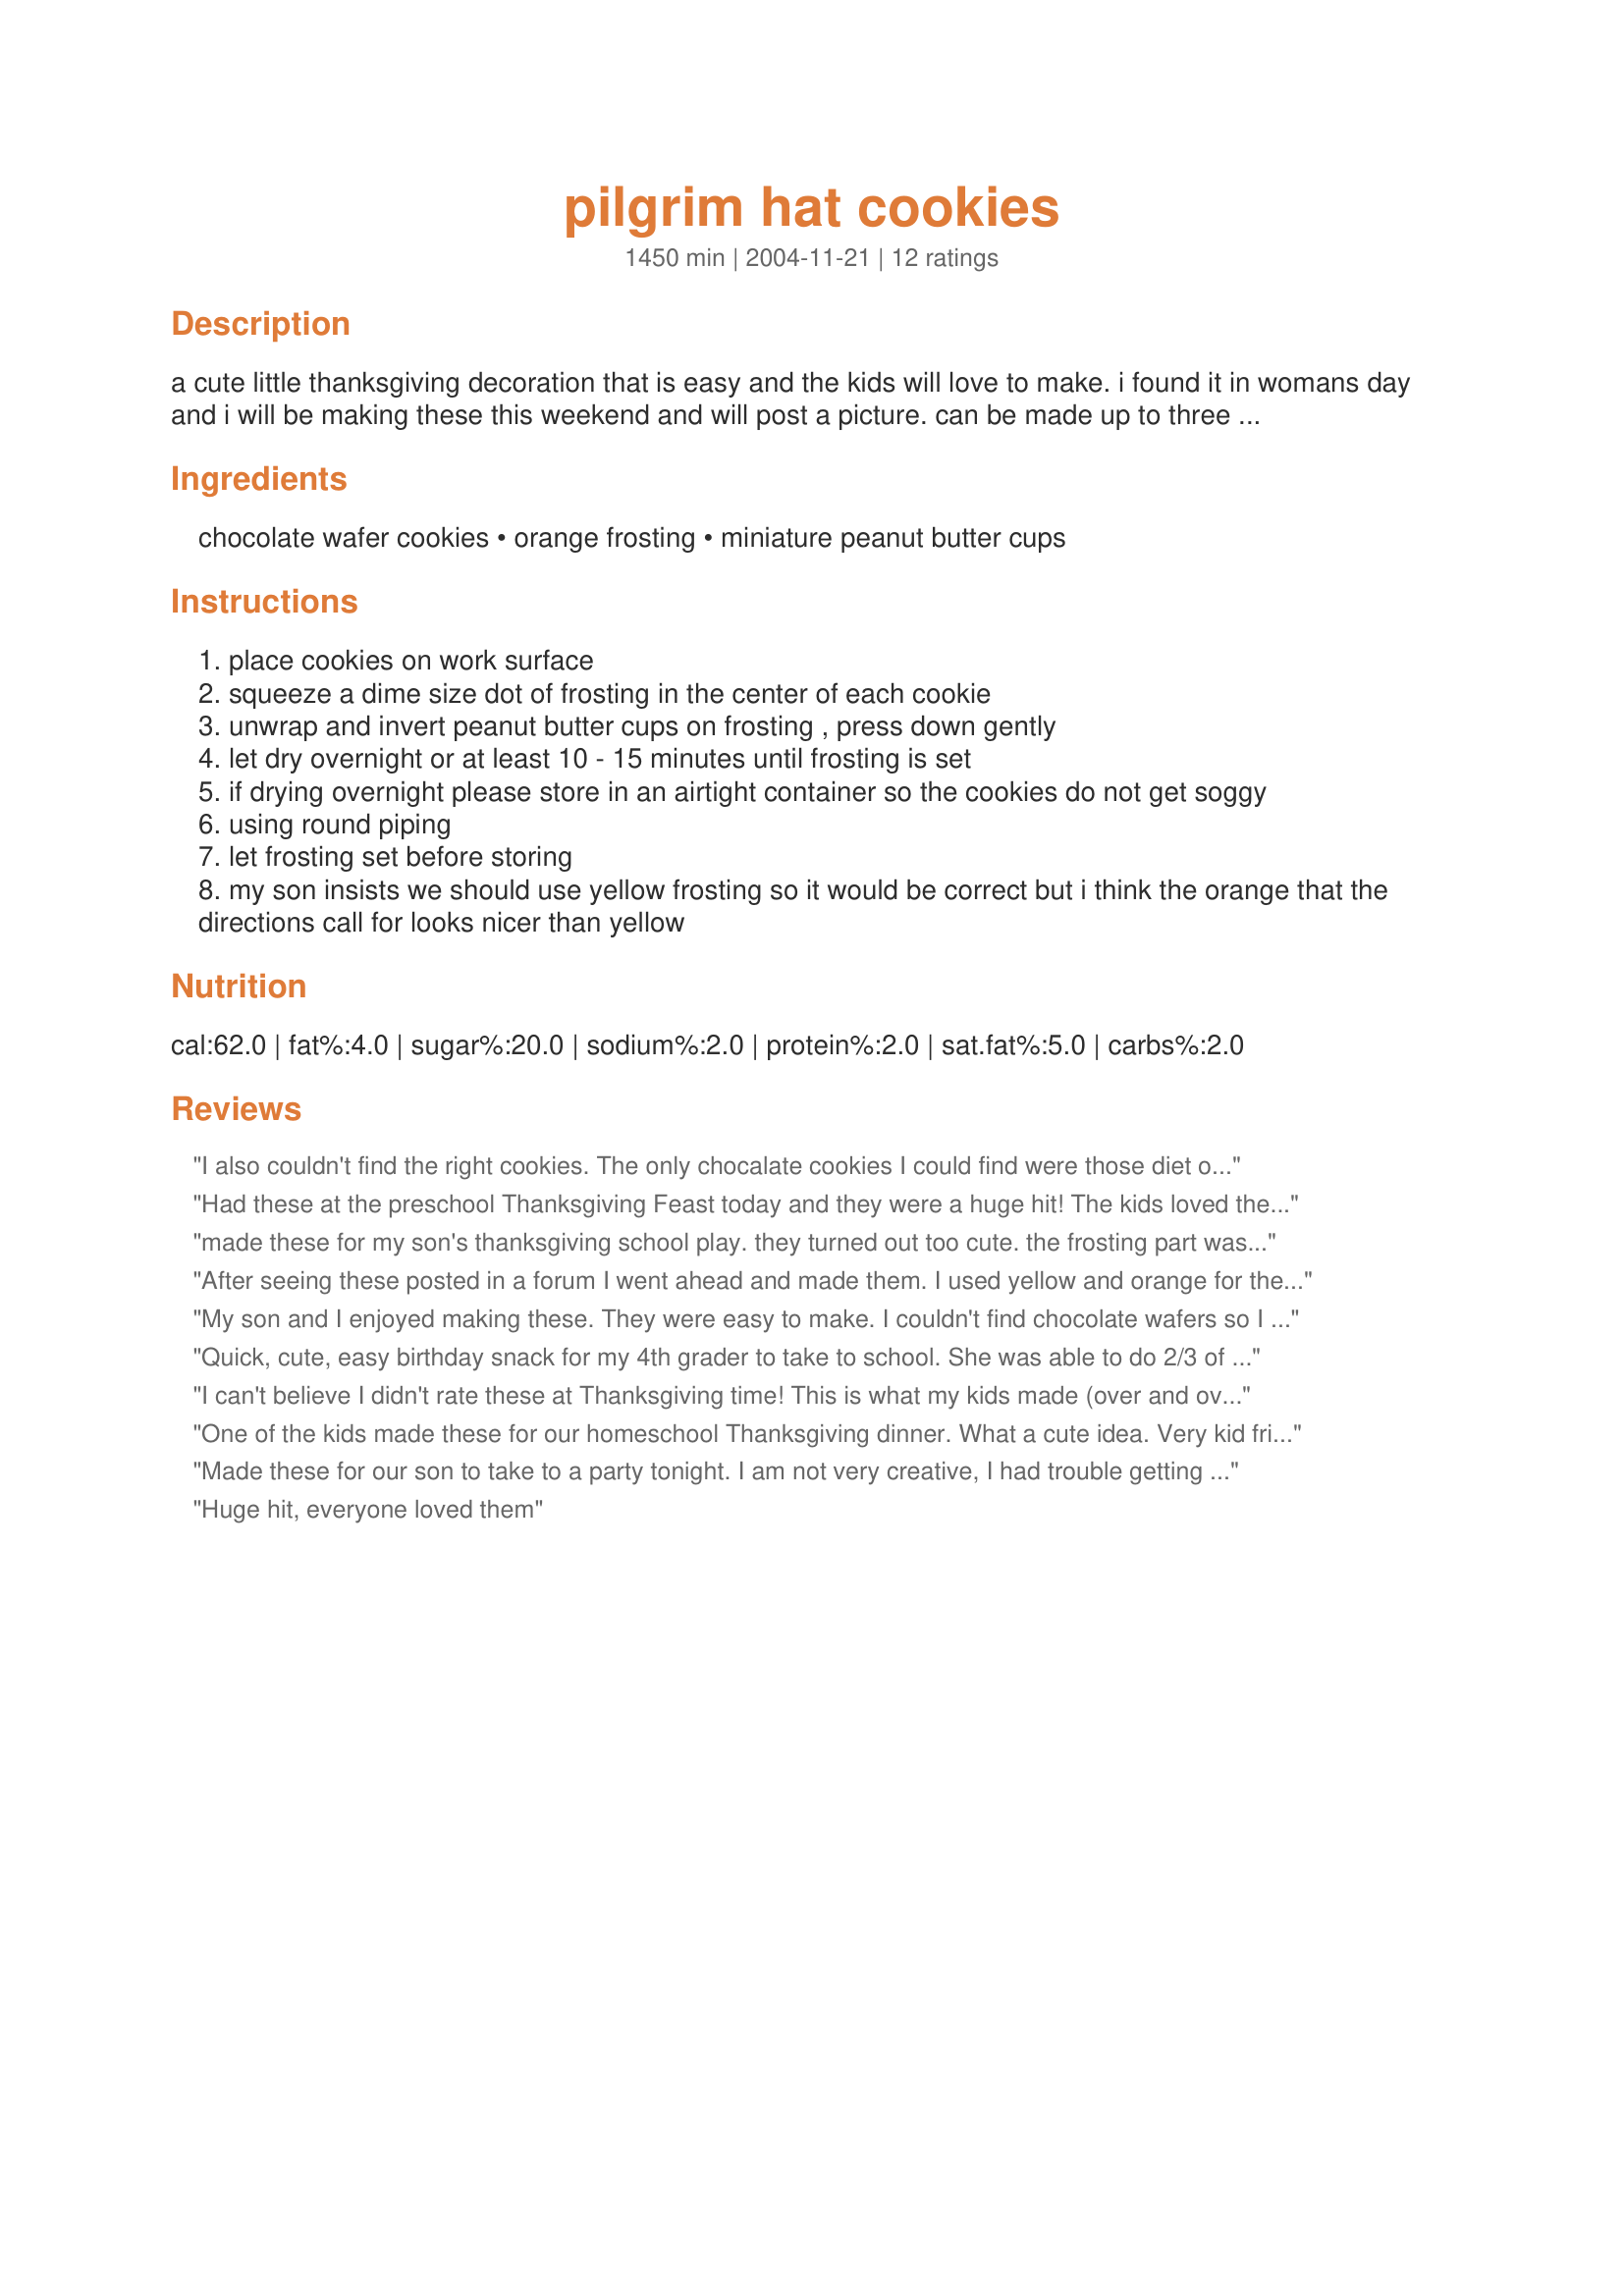
pilgrim hat cookies
Preparation time: 1450 minutes

a cute little thanksgiving decoration that is easy and the kids will love to make. i found it in womans day and i will be making these this weekend and will post a picture. can be made up to three days ahead and stored in an airtight container at room temperature.

Ingredients:
chocolate wafer cookies, orange frosting, miniature peanut butter cups

Steps:
place cookies on work surface
squeeze a dime size dot of frosting in the center of each cookie
unwrap and invert peanut butter cups on frosting , press down gently
let dry overnight or at least 10 - 15 minutes until frosting is set
if drying overnight please store in an airtight container so the cookies do not get soggy
using round piping
let frosting set before storing
my son insists we should use yellow frosting so it would be correct but i think the orange that the directions call for looks nicer than yellow

Reviews:
I also couldn't find the right cookies. The only chocalate cookies I could find were those diet ones. I didn't think they were sweet enough and liked the idea of using chocolate sandwich cookies that another reviewer used. I made my own orange frosting for decorating and the guests thought they were really cute. I recommend that you cover them with plastic wrap after the frosting dries...I found the peanut butter cup dried out a bit. Thanks for the recipe...I was thinking that if you made a slit in the top of the candy you could put a small piece of cardstock with the names of the guests on it for placecards at each setting. Great idea for next year!!
Had these at the preschool Thanksgiving Feast today and they were a huge hit! The kids loved them, and my 5 & 8 yr olds loved making them all by themselves! Thanks for posting!!
made these for my son's thanksgiving school play. they turned out too cute. the frosting part was a little difficult- my fingers were sore when i was done from having to squeeze the tube so hard! i couldn't find chocolate vanilla wafers so i used gingersnaps. thanks for posting
After seeing these posted in a forum I went ahead and made them. I used yellow and orange for the hat bands and buckle. Oh what fun! I can't wait to see the looks on my grandgirls faces when the have one. I couldn't find the thin cookis at the store that I went to, but the chocolate covered oreo cookies worked just fine. (The cookie has a real thick rim!) Another keeper and added to my "Fun things for Children" cookbook. Thanks so much for sharing just in time for Thanksgiving!
My son and I enjoyed making these. They were easy to make. I couldn't find chocolate wafers so I used fudge shop stripped cookies as the base. I followed the rest of the recipe as written. Everyone thought they were so cute and good to eat!
Quick, cute, easy birthday snack for my 4th grader to take to school. She was able to do 2/3 of them all by herself. I had oreos on hand, and peeled the cream out and used tinted, melted white chocolate instead of icing. It worked great. Thanks for posting
I can't believe I didn't rate these at Thanksgiving time! This is what my kids made (over and over again) whenever I needed a chance to do Thanksgiving prep. They loved making them and they are easy and tasty too!
One of the kids made these for our homeschool Thanksgiving dinner. What a cute idea. Very kid friendly. Everyone raved about how they looked and they tasted good too!
Made these for our son to take to a party tonight. I am not very creative, I had trouble getting a thin line but then took a different frosting nozzle and made cute orange things on the hat.. These are great for the holiday's. I used thin mints with the reese's.. Thanks for sharing such a cute idea.
:)
Huge hit, everyone loved them
I, too, made these after seeing the photo posted in the forums (and before actually seeing the recipe). I couldn't find the chocolate wafer cookies, and instead purchased the inexpensive store brand of chocolate sandwich cookies. I then separated the sandwiches and scraped all of the filling off to leave a single cookie for the brim. My brims did have a scalloped edge, but it was OK. LOL I also used a bit of canned milk chocolate frosting to adhere the peanut butter cup to the cookie. This extra bit of chocolate was a nice treat. Thanks for posting. My students loved this day-before-Thanksgiving-vacation treat. :)
I made these for my daughters kindergarten Thanksgiving "feast". They turned out to cute! I used caramel cups for personal taste prefrence and then I melted white chocolate bark and used a cheap mustard bottle (the unused kind you can purchase for picnicks) and used it instead of orange frosting, Yummy and cute and the kids went nuts for them. Thanks for the great idea!
